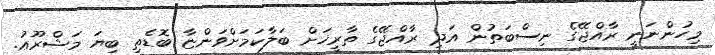
މިހުންނަނީ ރާއްޖޭގެ ނިސްބަތުން އަދި ރާއްޖޭގެ ތާރީޚަށް ބަލާކަމަށްވަންޏާ ބޮޑެތި ބިޔަ މަޝްރޫޢު.